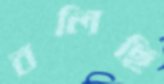
বলিছি